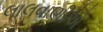
લાલવાણીએ